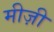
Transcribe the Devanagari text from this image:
मीज़ी